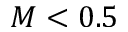
M < 0 . 5